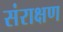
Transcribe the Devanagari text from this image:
संराक्षण